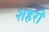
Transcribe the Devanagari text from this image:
शहरॊ